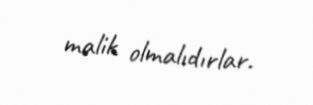
malik olmalıdırlar.